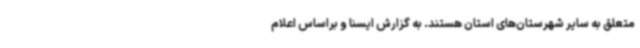
متعلق به سایر شهرستان‌های استان هستند. به گزارش ایسنا و براساس اعلام